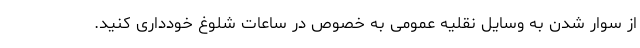
از سوار شدن به وسایل نقلیه عمومی به خصوص در ساعات شلوغ خودداری کنید.